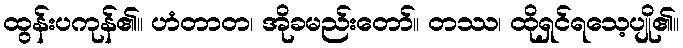
ထွန်းပကုန်၏။ ဟံတာတ၊ အိုခမည်းတော်။ တဿ၊ ထိုရှင်ရသေ့ပျို၏။